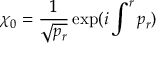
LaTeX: \chi _ { 0 } = { \frac { 1 } { \sqrt { p _ { r } } } } \exp ( i \int ^ { r } p _ { r } )